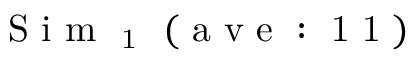
\mathrm { ~ S ~ i ~ m ~ } _ { \mathrm { ~ 1 ~ } } \mathrm { ~ ( ~ a ~ v ~ e ~ : ~ 1 ~ 1 ~ ) ~ }